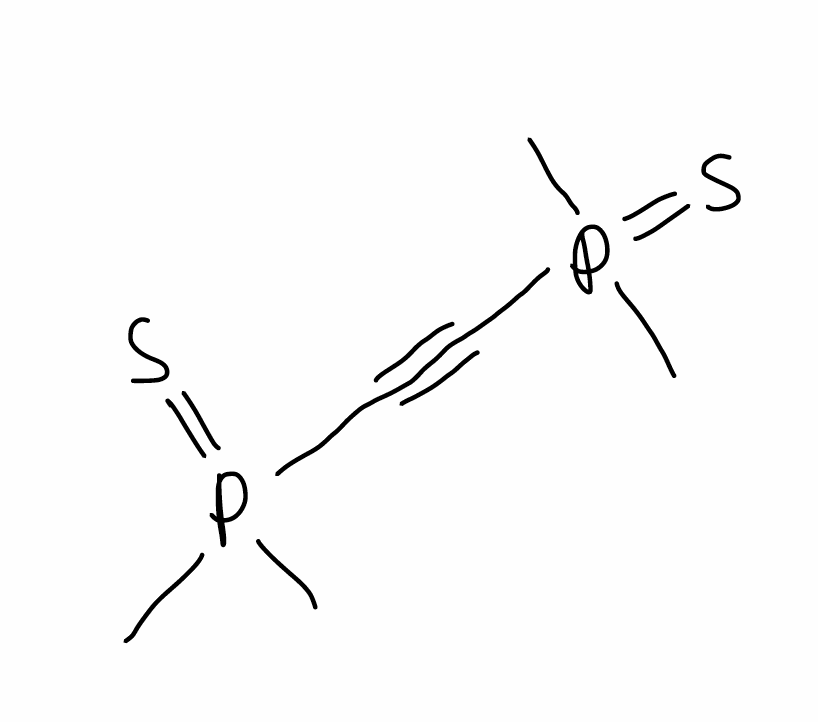
Simplified molecular-input line-entry system (SMILES) notation of the given molecule:
CP(=S)(C)C#CP(=S)(C)C